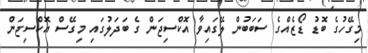
މިގޭހުގެ ބޮޑު ޑޯޒެއްގެ ސަބަބުން ލޭގައިވާ އޮކްސިޖަން ގެ ބަދަލުގައި މިގޭސް އޮކްސިޖަން